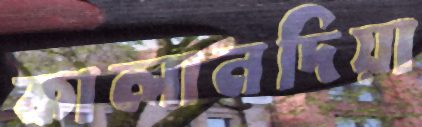
কালানদিয়া